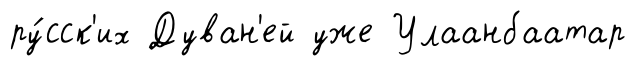
ру́сск'их Дуван'ей уже Улаанбаатар